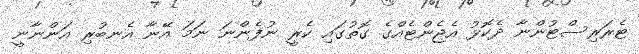
ޓެރަރިސްޓުންނާ ދެކޮޅު އެޖެންޓެއްގެ ގޮތުގައި ކެރީ ނުފެންނަ ނަމަ އޭނާ އެނބުރި އަންނާނީ